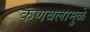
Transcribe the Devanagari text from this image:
कणबलामुळे